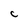
Character: C